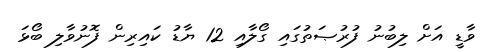
ވާޑީ އަށް ލިބުނު ފުރުޞަތުގައި ގޯލާއި 12 ޔާޑު ކައިރިން ފޮނުވާލި ބޯޅަ